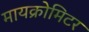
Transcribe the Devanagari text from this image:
मायक्रोमिटर